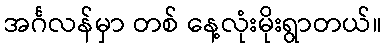
အင်္ဂလန်မှာ တစ် နေ့လုံးမိုးရွာတယ်။